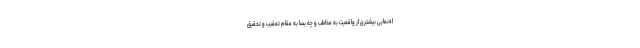
اه‌نمایی بیشتری از واقعیت به مخاطب و چه بسا به مقام تعقیب و تحقیق